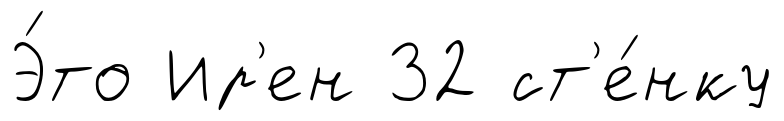
Э́то Ир'ен 32 ст'е́нку